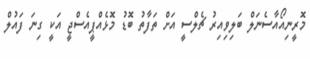
މޮރީނިއޯއާސެނަލް ބަލިވިއިރު ޗެލްސީ އަށް ތަފާތު ބޮޑު މޮޅެއްޕީއެސްޖީ އަކީ ގިނަ ފައުލް